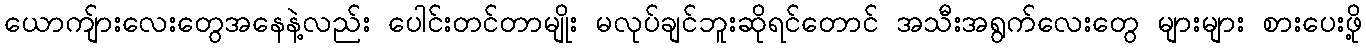
ယောကျ်ားလေးတွေအနေနဲ့လည်း ပေါင်းတင်တာမျိုး မလုပ်ချင်ဘူးဆိုရင်တောင် အသီးအရွက်လေးတွေ များများ စားပေးဖို့